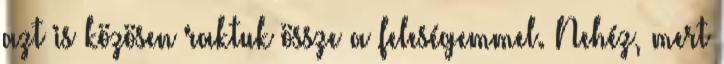
azt is közösen raktuk össze a feleségemmel. Nehéz, mert